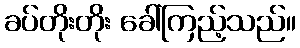
ခပ်တိုးတိုး ခေါ်ကြည့်သည်။